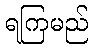
ရကြမည်